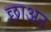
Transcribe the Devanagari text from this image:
छाअन